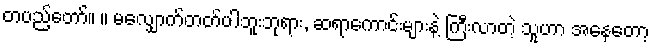
တပည့်တော်။ ။ မလျှောက်တတ်ပါဘူးဘုရား, ဆရာကောင်းများနဲ့ ကြီးလာတဲ့ သူဟာ အနေတော့